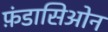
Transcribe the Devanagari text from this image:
फ़ंडासिओन